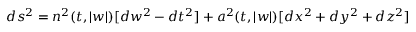
d s ^ { 2 } = n ^ { 2 } ( t , | w | ) [ d w ^ { 2 } - d t ^ { 2 } ] + a ^ { 2 } ( t , | w | ) [ d x ^ { 2 } + d y ^ { 2 } + d z ^ { 2 } ]